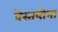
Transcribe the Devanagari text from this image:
वेस्तयोना